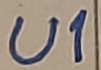
Text: U1